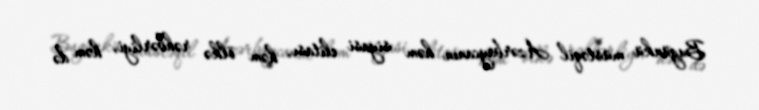
Bugünkü müstəqil Azərbaycanın həm siyasi elitası, həm ölkə rəhbərliyi, həm də